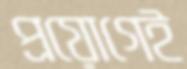
প্রয়োগেই